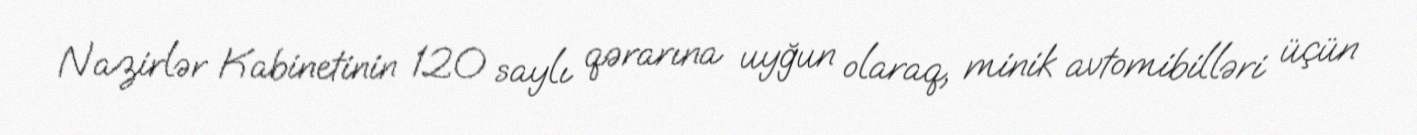
Nazirlər Kabinetinin 120 saylı qərarına uyğun olaraq, minik avtomibilləri üçün